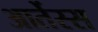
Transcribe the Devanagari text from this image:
आर्तेस्स